Lunatic asylums in Bengal annual reports 1888-1898 - 1888-1898
Year: 1888
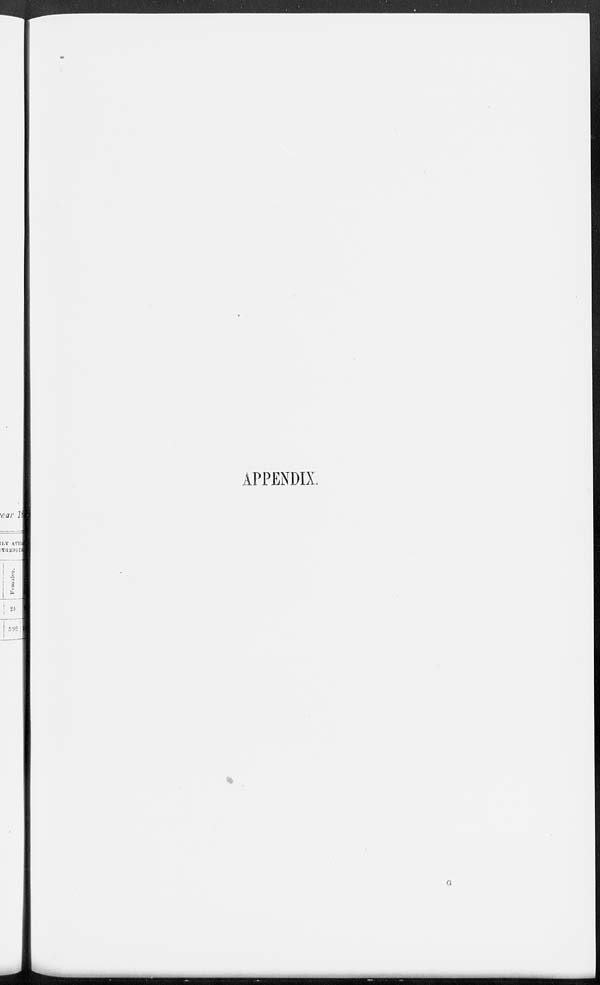
APPENDIX.
G